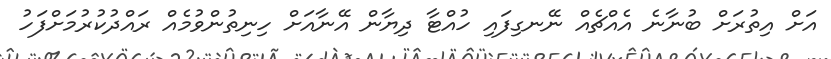
އަށް އިތުރަށް ބުނާނެ އެއްޗެއް ނޭނގިފައި ހުއްޓާ ދިޔާން އޭނާއަށް ހިނިތުންވުމެއް ރައްދުކުރުމަށްފަހު